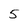
Character: 5